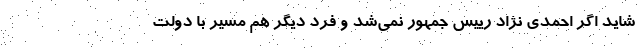
شاید اگر احمدی نژاد رییس جمهور نمی‌شد و فرد دیگر هم مسیر با دولت